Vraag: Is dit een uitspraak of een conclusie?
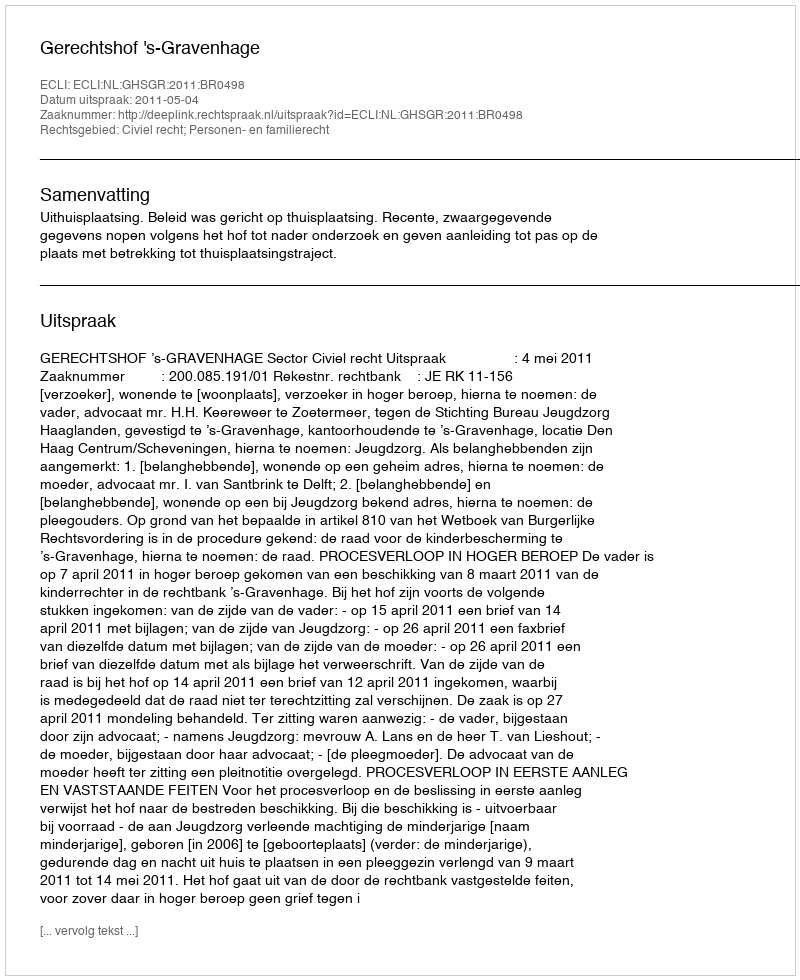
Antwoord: Uitspraak